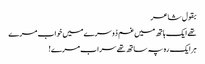
بقول شاعر
تھے ایک ہاتھ میں غم دُوسرے میں خواب مرے
ہرایک رہ پہ ساتھ تھے سراب مرے!